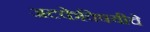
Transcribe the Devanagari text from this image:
अटकेविषयीचे